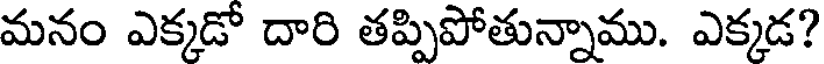
మనం ఎక్కడో దారి తప్పిపోతున్నాము. ఎక్కడ?